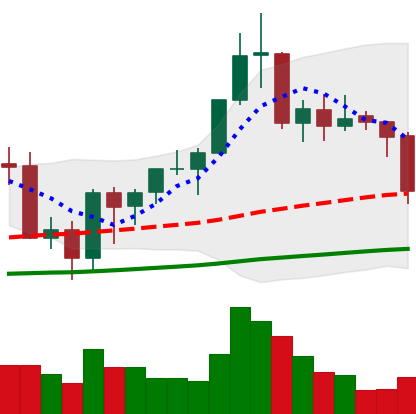
Ticker: BNB-USD
Chart end date: 2020-09-21
Forward return: 12.693%
Label: up_7plus